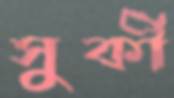
সুর্কী